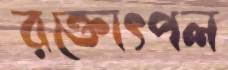
রক্তোৎপল